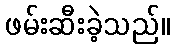
ဖမ်းဆီးခဲ့သည်။